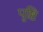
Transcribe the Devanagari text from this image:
पृष्टि